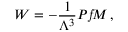
W = - \frac { 1 } { \Lambda ^ { 3 } } { \cal P } { \it f } M \, ,